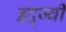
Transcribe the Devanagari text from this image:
इद्ज्वी